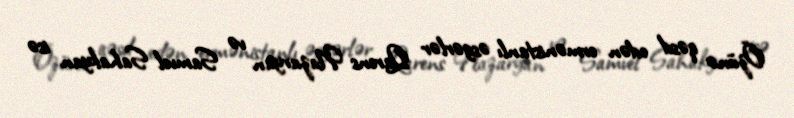
Özünə qəsd edən ermənistanlı əsgərlər Qarens Nazaryan və Samvel Sahakyan isə